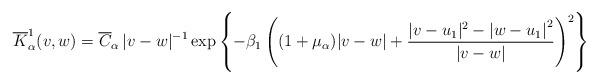
LaTeX: \begin{align*}\overline{K}_\alpha^1 (v,w)=\overline{C}_\alpha\,|v-w|^{-1}\exp\left\{-\beta_1\left((1+\mu_\alpha)|v-w|+\dfrac{|v-u_1|^2-{|w-u_1|}^2}{|v-w|}\right)^2\right\}\end{align*}